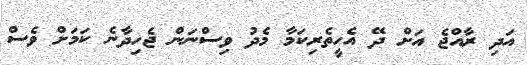
އަދި ރާއްޖެ އަށް ދޭ އެހީތެރިކަމާ މެދު ވިސްނަން ޖެހިދާނެ ކަމަށް ވެސް